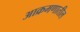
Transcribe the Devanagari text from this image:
आक्रमणातील